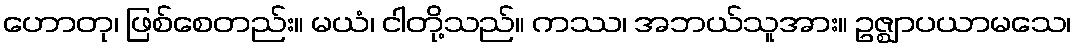
ဟောတု၊ ဖြစ်စေတည်း။ မယံ၊ ငါတို့သည်။ ကဿ၊ အဘယ်သူအား။ ဥဇ္ဈာပယာမသေ၊